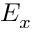
E _ { x }